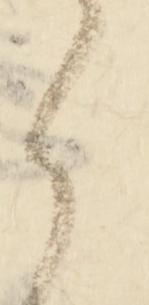
之